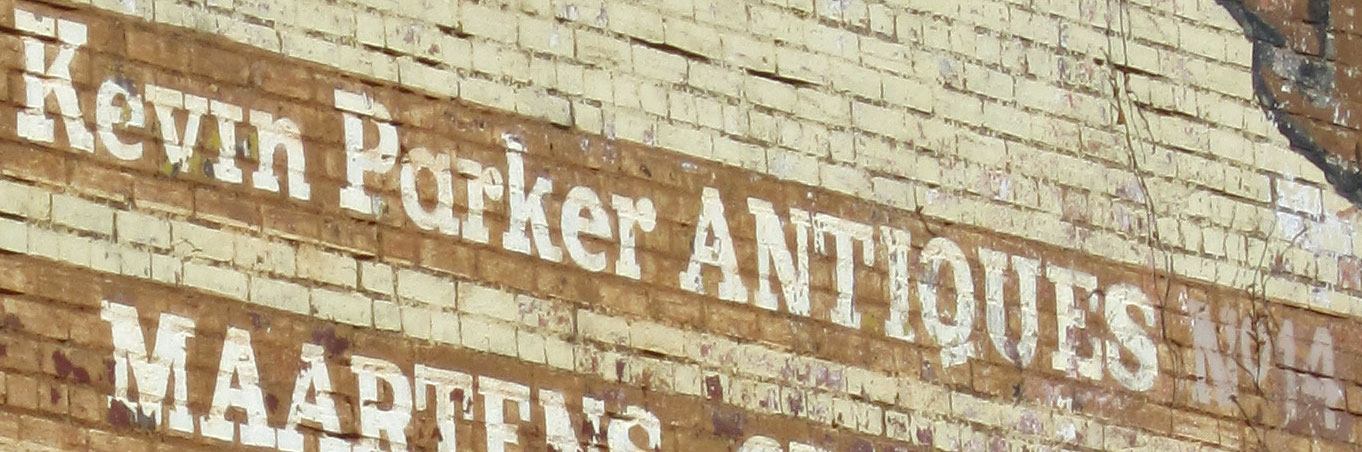
Kevin Parker ANTIOUES NO14